Bréfritari: Vigfús Sigfússon
Viðtakandi: Halldór Jónsson
Dagsetning: A-1875-05-16
Skrifað á: Vopnafirði  N-Múl.

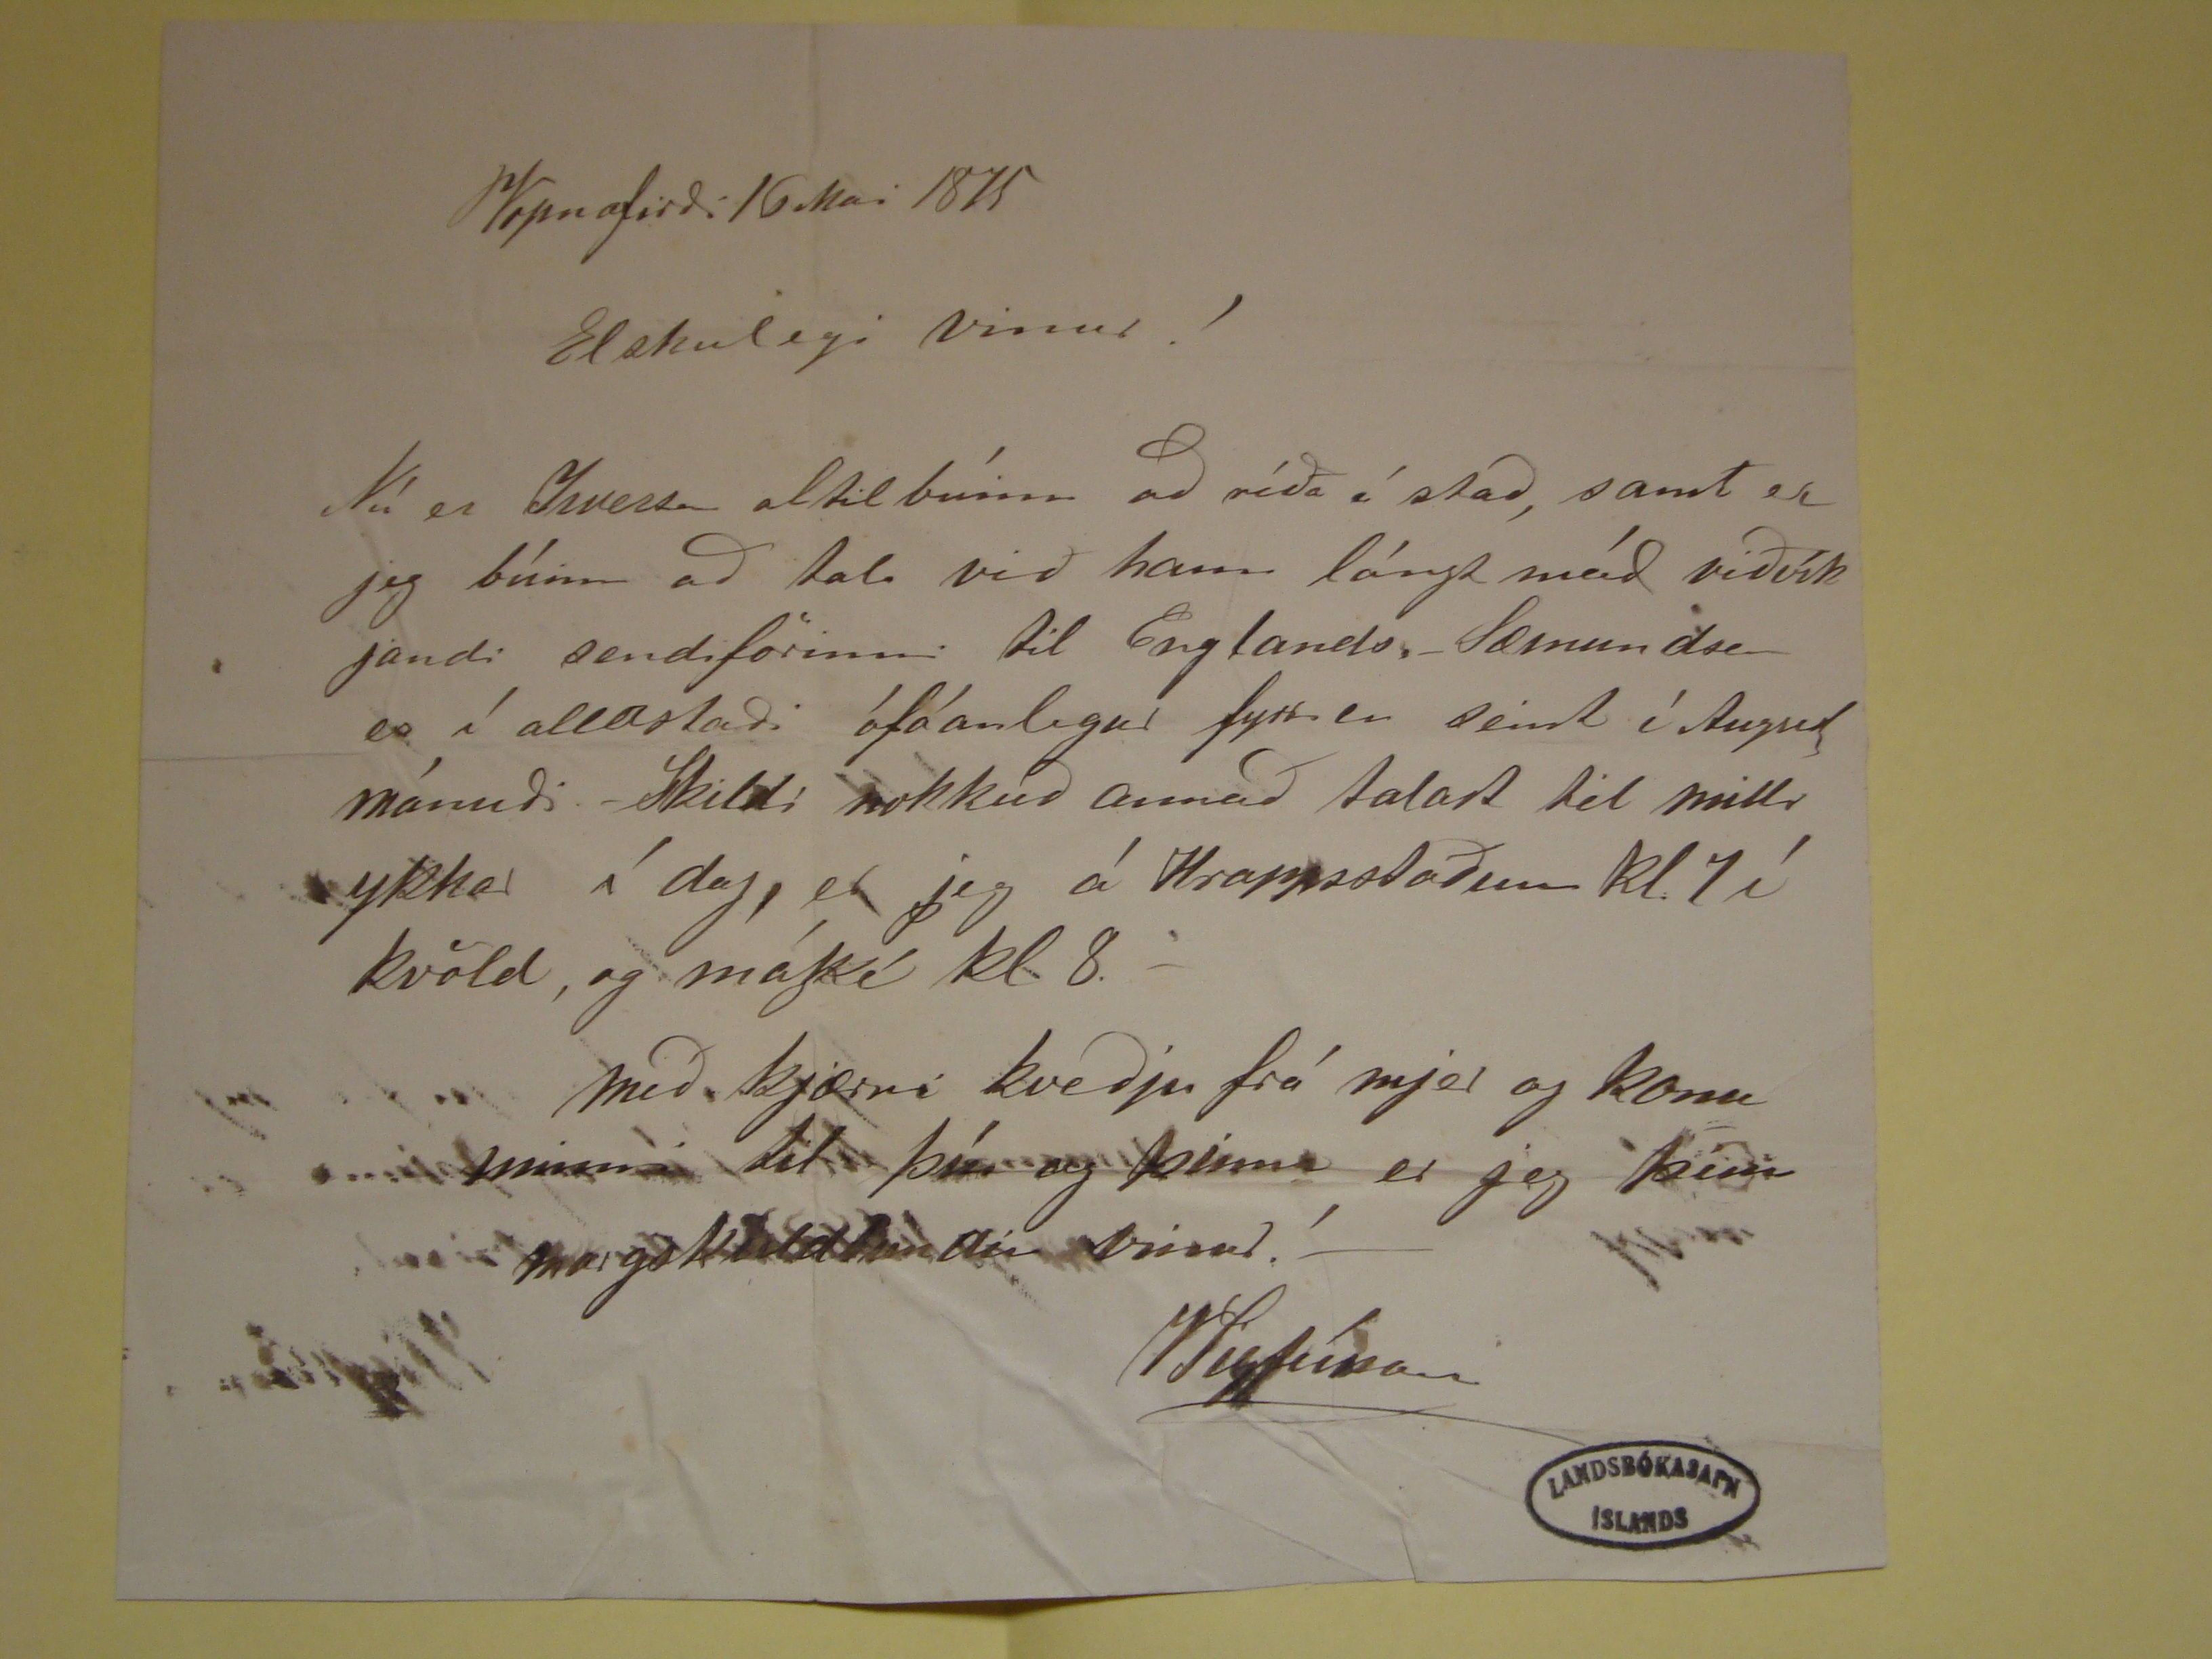

Vopnafirði 16Mai 1875
Elskulegi vinur !
Nú er
Sveisa
altílbúinn að ríða á stað, samt er jeg búinn að tala við hann lángt mál viðvíkjandi sendiförinni til Englands, Sæmundse er í
allastaði ófáanlegur fyrr en seint í Augut mánuði Skildi nokkuð annað talast til milli ykkar í dag, er jeg á Hrappsstöðum kl. 7 í kvöld, og mákí kl 8.
Með kjærri kveðju frá mjer og konu minni til þín og þinna er jeg þinn margskuldbundin vinur !
VSigfússon